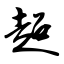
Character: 超